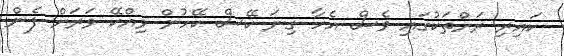
ކައިރި ރަށްތަކުގައި ވެސް އެހާ ގިނަ ކޭސް ކޭހުން ވިއްކޭ ވަރަށް ފެން